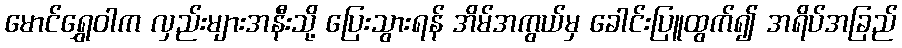
မောင်ရွှေဝါက လှည်းများအနီးသို့ ပြေးသွားရန် အိမ်အကွယ်မှ ခေါင်းပြူထွက်၍ အရိပ်အခြည်